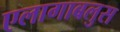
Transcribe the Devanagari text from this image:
एलागाबलुस